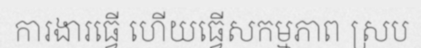
ការងារធ្វើ ហើយធ្វើសកម្មភាព ស្រប